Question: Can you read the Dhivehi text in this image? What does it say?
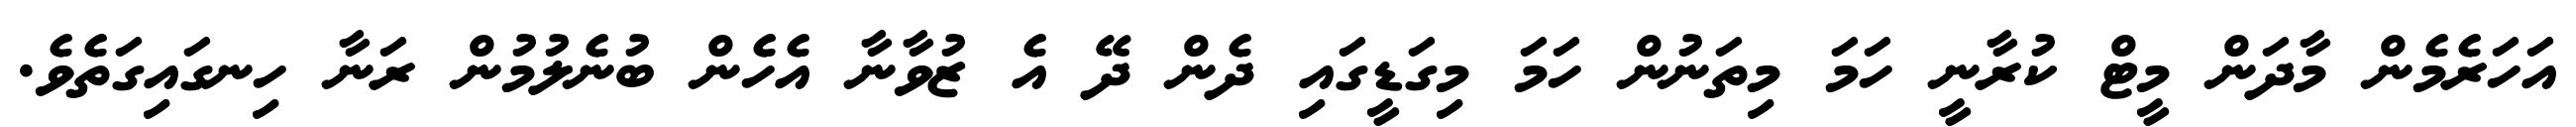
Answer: އަހަރެމެން މާދަން މީޓް ކުރާނީ ހަމަ މިތަނުން ހަމަ މިގަޑީގައި ދެން ދޭ އެ ޒުވާނާ އެހެން ބުނެލުމުން ރަނާ ހިނގައިގަތެވެ.